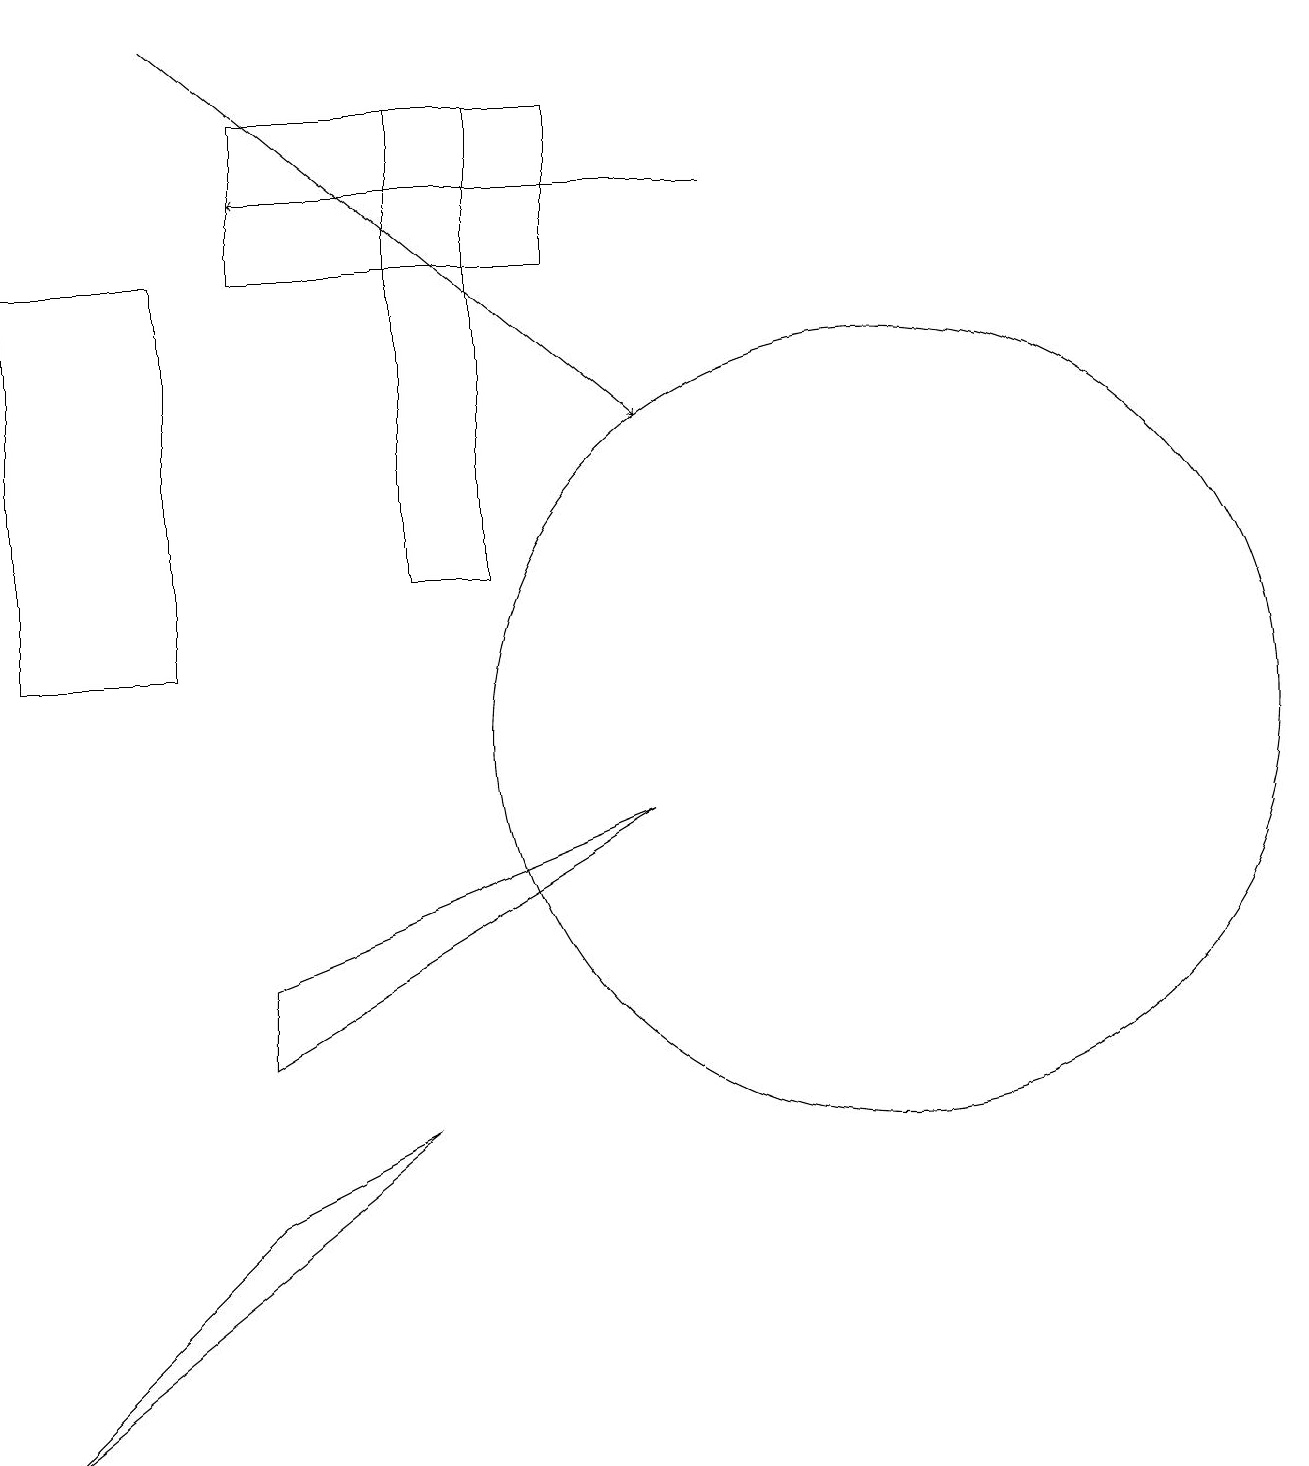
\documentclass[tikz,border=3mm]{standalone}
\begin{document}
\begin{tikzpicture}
\draw (5,12) rectangle (6,18);
\draw (11,10) circle (5);
\draw (7,16) rectangle (3,18);
\draw (0,16) rectangle (2,11);
\draw[->] (9,17) -- (3,17);
\draw[->] (2,19) -- (8,14);
\draw (3,7) -- (8,9) -- (3,6) -- cycle;
\draw (0,1) -- (3,4) -- (5,5) -- cycle;
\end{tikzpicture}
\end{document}